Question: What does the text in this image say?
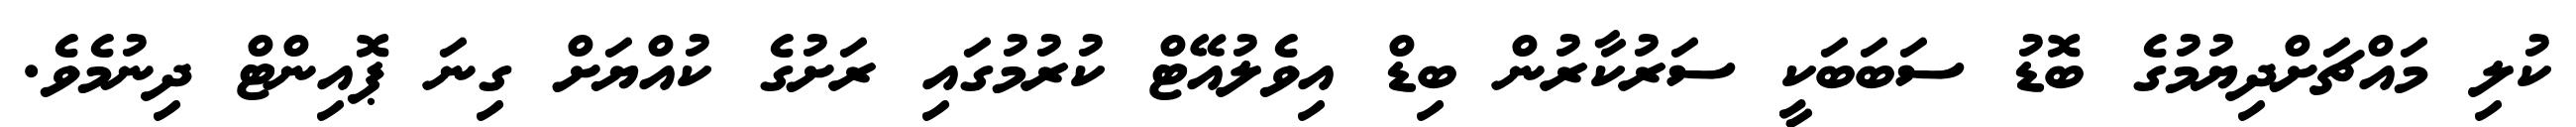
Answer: ކުލި މައްޗަށްދިޔުމުގެ ބޮޑު ސަބަބަކީ ސަރުކާރުން ބިޑް އިވެލުއޭޓް ކުރުމުގައި ރަށުގެ ކުއްޔަށް ގިނަ ޕޮއިންޓް ދިނުމެވެ.